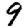
Digit: 9